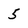
Character: 5